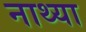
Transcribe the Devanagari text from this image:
नाथ्या